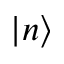
| n \rangle